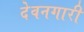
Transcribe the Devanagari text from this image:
देवनगारी